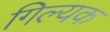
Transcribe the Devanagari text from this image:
गिल्यक